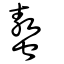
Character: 螯